Annual report of the Punjab Veterinary College and of the Civil Veterinary Department, Punjab - 1894-1908
Year: 1894
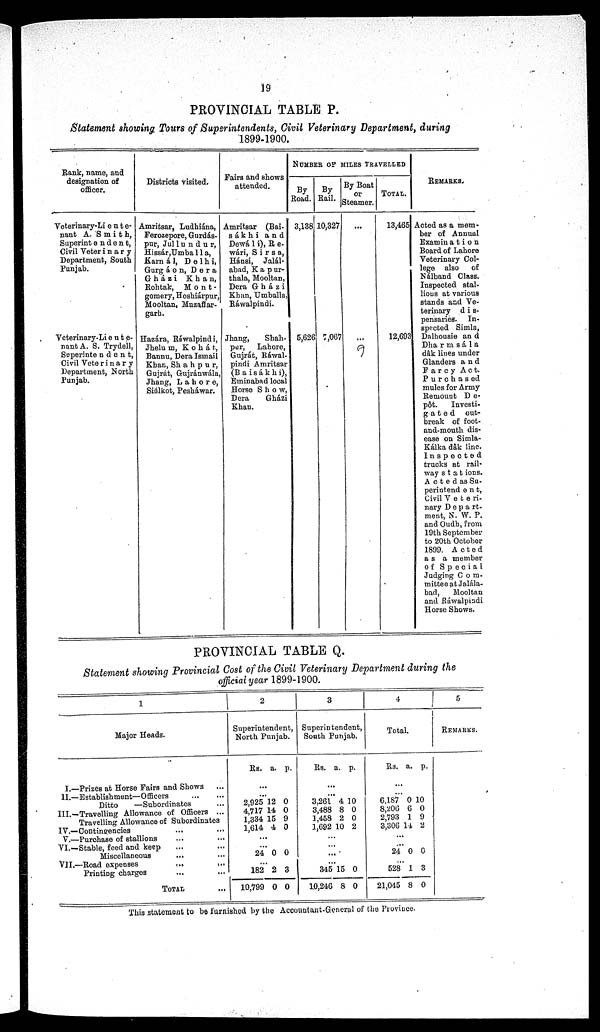
19
PROVINCIAL TABLE P.
Statement showing Tours of Superintendents, Civil Veterinary Department, during
1899-1900.
Rank, name, and
designation of
officer.
Veterinary-Lieute-
nant A. Smith,
Superintendent,
Civil Veterinary
Department, South
Punjab.
Veterinary-Lieute-
nant A. S. Trydell,
Superintendent,
Civil Veterinary
Department, North
Punjab.
Districts visited.
Amritsar, Ludhiána,
Ferozepore, Gurdás-
pur, Jullundur,
Hissár, Umballa,
Karnál, Delhi,
Gurgáon, Dera
Gházi
Khan,
Rohtak,
Mont-
gomery, Hoshiárpur,
Mooltan, Muzaffar-
garh.
Hazára, Ráwalpindi,
Jhelum, Kohát,
Bannu, Dera Ismail
Khan, Shahpur,
Gujrát, Gujránwála,
Jhang, Lahore,
Siálkot, Pesháwar.
Pairs and shows
attended.
Amritsar (Bai-
sákhi and
Dewáli), Re-
wári, Sirsa,
Hánsi, Jalál-
abad, Kapur-
thala, Mooltan,
Dera Gházi
Khan, Umballa,
Ráwalpindi.
Jhang,
Shah-
pur,
Lahore,
Gujrát, Ráwal-
pindi Amritsar
(Baisákhi),
Eminabad local
Horse Show,
Dera
Gházi
Khan.
NUMBER OF MILES TRAVELLED
By
Road.
3,138
5,626
By
Rail.
10,327
7,067
By Boat
or
Steamer.
...
...
TOTAL.
13,465
12,693
REMARKS.
Acted as a mem-
ber of Annual
Examination
Board of Lahore
Veterinary Col-
lege also
of
Nálband Class.
Inspected stal-
lious at various
stands and Ve-
terinary dis-
pensaries. In-
spected Simla,
Dalhousie and
Dharmsála
dâk lines under
Glanders and
Farcy Act.
Purchased
mules for Army
Remount De-
pôt.
Investi-
gated
out-
break of foot-
and-mouth dis-
ease on Simla-
Kálka dâk linc.
Inspected
trucks at rail-
way stations.
Acted as Su-
perintend ent,
Civil Veteri-
nary Depart-
ment, N. W. P.
and Oudh, from
19th September
to 20th October
1899. Acted
as a member
of Special
Judging Com-
mittee at Jalála-
bad,
Mooltan
and Rawalpindi
Horse Shows.
PROVINCIAL TABLE Q.
Statement showing Provincial Cost of the Civil Veterinary Department during the
official year 1899-1900.
1
Major Heads.
I.—Prizes at Horse Fairs and Shows
II.—Establishment—Officers
...
...
Ditto
—Subordinates ...
III.—Travelling Allowance of Officers ...
Travelling Allowance of Subordinates
IV.-—Contingencies ... ...
V.—Purchase of stallions ... ...
VI.—Stable, feed and keep ... ...
Miscellaneous ... ...
VII.—Road expenses
...
...
Printing charges ... ...
TOTAL
2
Superintendent,
North Punjab.
Rs. a. p.
...
...
2,925
4,717
1,334
1,614
12
14
15
4
0
0
9
0
...
...
24 0 0
...
182
10,799
2
0
3
0
3
Superintendent,
South Punjab.
Rs. a. p.
...
...
3,261
3,488
1,458
1,692
4
8
2
10
10
0
0
2
...
...
...
...
345
10,246
15
8
0
0
4
Total.
Rs. a. p.
...
... 6,187
8,206
2,793
3,306
0
6
1
11
10
0
9
2
...
...
24 0 0
...
528
21,045
1
8
3
0
5
REMARKS.
This statement to be furnished by the Accountant-General of the Province.